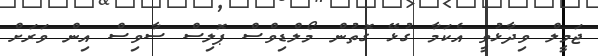
ޖަމީލް ވިދާޅުވީ އެކަމާ ގުޅޭ ގޮތުން މޯލްޑިވްސް ޕޮލިސް ސާވިސް އިން ވަރަށް